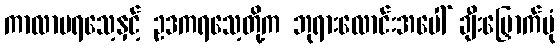
ကာလာမရသေ့နှင့် ဥဒကရသေ့တို့က ဘုရားလောင်းအပေါ် ချီးမြှောက်ပုံ